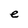
Character: e